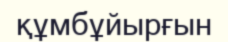
құмбұйырғын